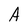
Character: A